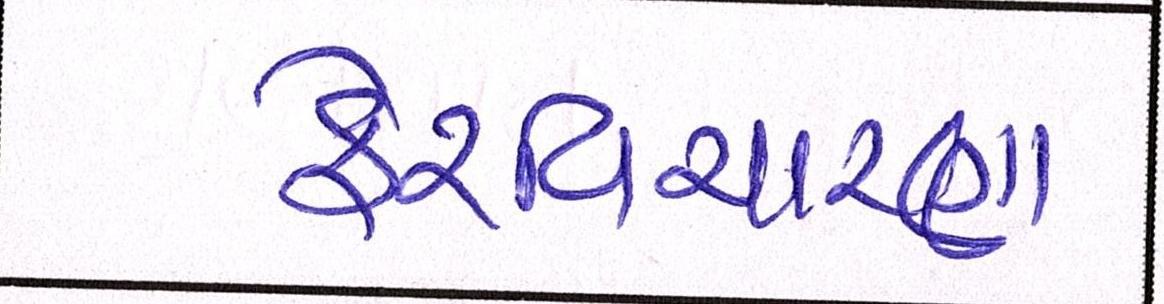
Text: ફેરવિચારણા